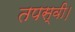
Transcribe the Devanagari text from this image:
तपस्वी।